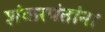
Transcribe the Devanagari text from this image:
शंकरपंतांना